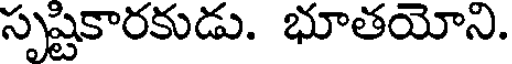
సృష్టికారకుడు. భూతయోని.